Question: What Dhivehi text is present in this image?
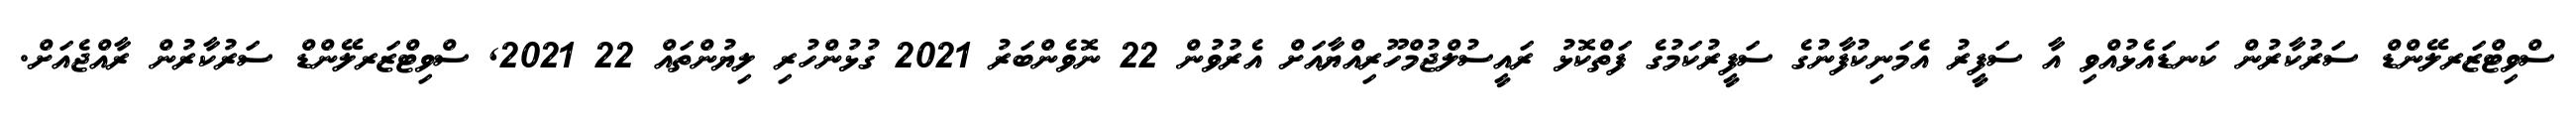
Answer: ސްވިޓްޒަރލޭންޑް ސަރުކާރުން ކަނޑައެޅުއްވި އާ ސަފީރު އެމަނިކުފާނުގެ ސަފީރުކަމުގެ ފަތްކޮޅު ރައީސުލްޖުމްހޫރިއްޔާއަށް އެރުވުން 22 ނޮވެންބަރު 2021 ގުޅުންހުރި ލިޔުންތައް 22 2021, ސްވިޓްޒަރލޭންޑް ސަރުކާރުން ރާއްޖެއަށް.